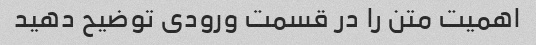
اهمیت متن را در قسمت ورودی توضیح دهید